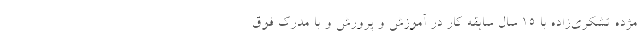
مژده تشکری‌زاده با ۱۵ سال سابقه کار در آموزش و پرورش و با مدرک فوق